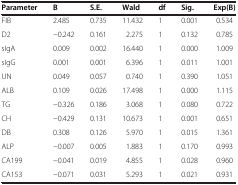
<table><thead><tr><td><b>Parameter</b></td><td><b>B</b></td><td><b>S.E.</b></td><td><b>Wald</b></td><td><b>df</b></td><td><b>Sig.</b></td><td><b>Exp(B)</b></td></tr></thead><tbody><tr><td>FIB</td><td>2.485</td><td>0.735</td><td>11.432</td><td>1</td><td>0.001</td><td>0.534</td></tr><tr><td>D2</td><td>−0.242</td><td>0.161</td><td>2.275</td><td>1</td><td>0.132</td><td>0.785</td></tr><tr><td>sIgA</td><td>0.009</td><td>0.002</td><td>16.440</td><td>1</td><td>0.000</td><td>1.009</td></tr><tr><td>sIgG</td><td>0.001</td><td>0.001</td><td>6.396</td><td>1</td><td>0.011</td><td>1.001</td></tr><tr><td>UN</td><td>0.049</td><td>0.057</td><td>0.740</td><td>1</td><td>0.390</td><td>1.051</td></tr><tr><td>ALB</td><td>0.109</td><td>0.026</td><td>17.498</td><td>1</td><td>0.000</td><td>1.115</td></tr><tr><td>TG</td><td>−0.326</td><td>0.186</td><td>3.068</td><td>1</td><td>0.080</td><td>0.722</td></tr><tr><td>CH</td><td>−0.429</td><td>0.131</td><td>10.673</td><td>1</td><td>0.001</td><td>0.651</td></tr><tr><td>DB</td><td>0.308</td><td>0.126</td><td>5.970</td><td>1</td><td>0.015</td><td>1.361</td></tr><tr><td>ALP</td><td>−0.007</td><td>0.005</td><td>1.883</td><td>1</td><td>0.170</td><td>0.993</td></tr><tr><td>CA199</td><td>−0.041</td><td>0.019</td><td>4.855</td><td>1</td><td>0.028</td><td>0.960</td></tr><tr><td>CA153</td><td>−0.071</td><td>0.031</td><td>5.293</td><td>1</td><td>0.021</td><td>0.931</td></tr></tbody></table>